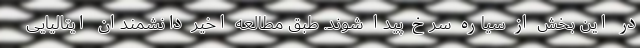
در این بخش از سیاره سرخ پیدا شوند. طبق مطالعه اخیر دانشمندان ایتالیایی